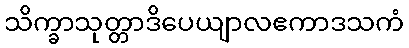
သိက္ခာသုတ္တာဒိပေယျာလဧကာဒသကံ